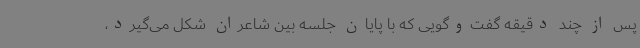
پس از چند دقیقه گفت‌وگویی که با پایان جلسه بین شاعران شکل می‌گیرد،